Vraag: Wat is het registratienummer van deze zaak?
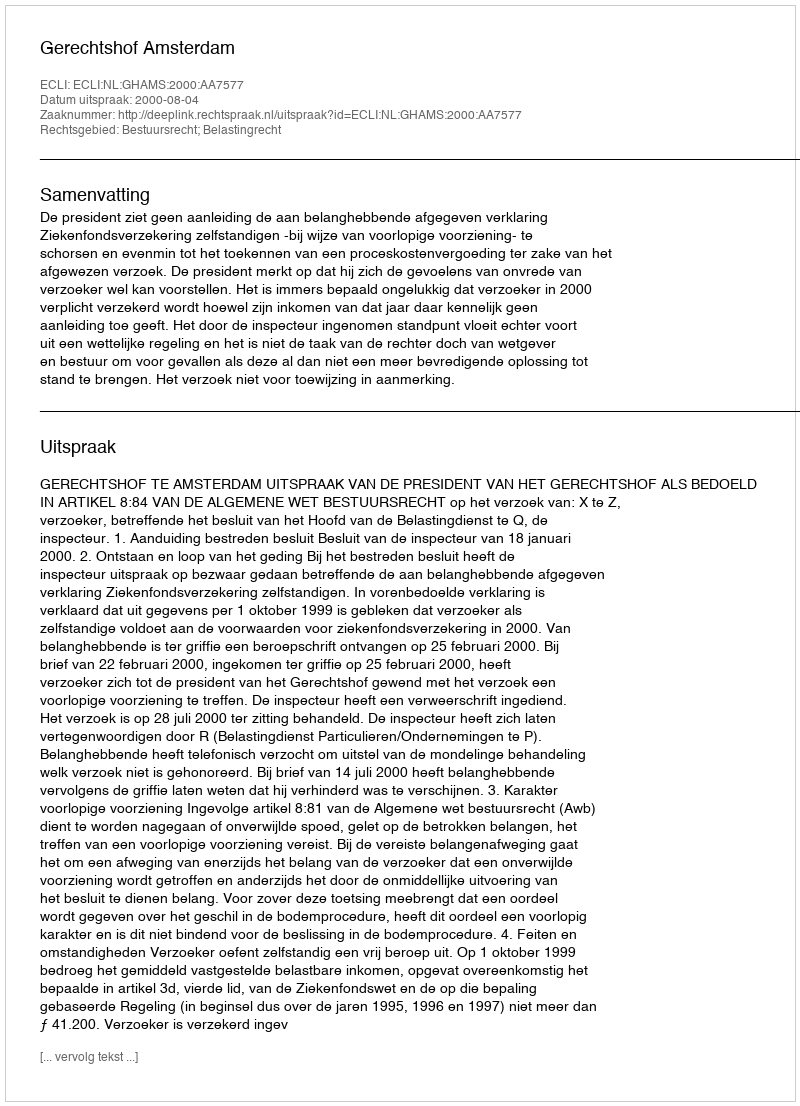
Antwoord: http://deeplink.rechtspraak.nl/uitspraak?id=ECLI:NL:GHAMS:2000:AA7577